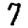
Digit: 7